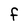
Character: F